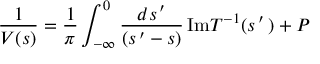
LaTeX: \frac { 1 } { { \cal V } ( s ) } = \frac { 1 } { \pi } \int _ { - \infty } ^ { 0 } \frac { d s ^ { \, \prime } } { ( s ^ { \, \prime } - s ) } \, \mathrm { I m } T ^ { - 1 } ( s ^ { \, \prime } \, ) + P